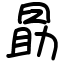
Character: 勗